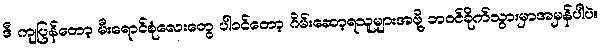
ဒီ ကျပြန်တော့ မီးရောင်စုံလေးတွေ ပါဝင်တော့ ဂိမ်းဆော့ရသူများအဖို့ ဘဝင်ခိုက်သွားမှာအမှန်ပါပဲ။